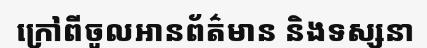
ក្រៅពីចូលអានព័ត៌មាន និងទស្សនា